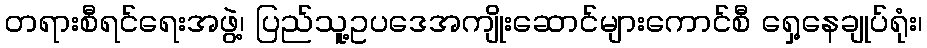
တရားစီရင်ရေးအဖွဲ့၊ ပြည်သူ့ဥပဒေအကျိုးဆောင်များကောင်စီ ရှေ့နေချုပ်ရုံး၊